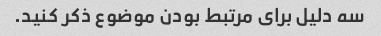
سه دلیل برای مرتبط بودن موضوع ذکر کنید.